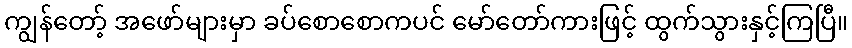
ကျွန်တော့် အဖော်များမှာ ခပ်စောစောကပင် မော်တော်ကားဖြင့် ထွက်သွားနှင့်ကြပြီ။